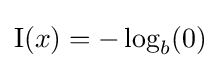
\mathrm {I} (x)=-\log _{b}(0)